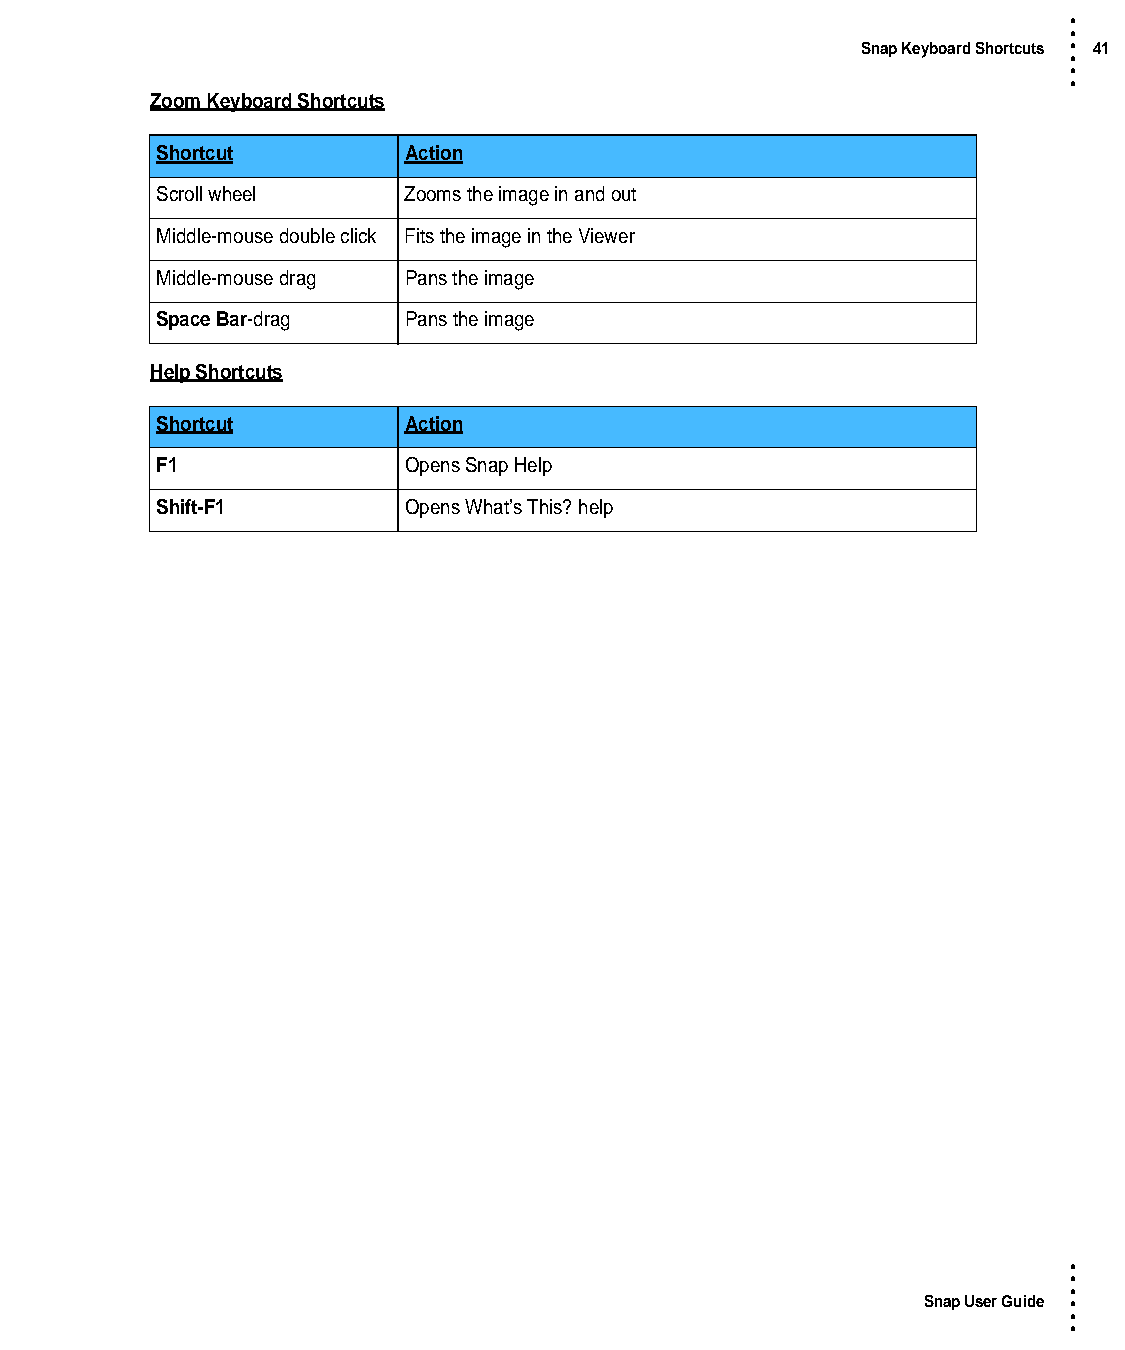
•
 •
 Snap Keyboard Shortcuts • 41
 •
 •
 •
 Zoom Keyboard Shortcuts
 Shortcut         Action
 Scroll wheel     Zooms the image in and out
 Middle-mouse double click Fits the image in the Viewer
 Middle-mouse drag Pans the image
 Space Bar-drag   Pans the image
 Help Shortcuts
 Shortcut         Action
 F1               Opens Snap Help
 Shift-F1         Opens What’s This? help
 •
 •
 •
 Snap User Guide •
 •
 •